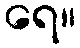
ရေ။